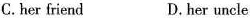
C.her friend D.her uncle